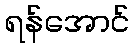
ရန်အောင်